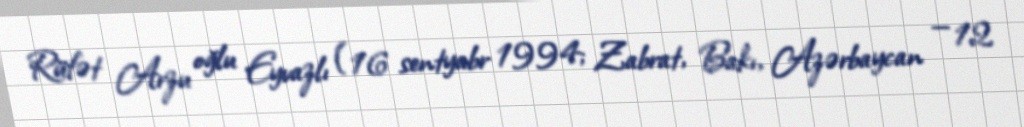
Rüfət Arzu oğlu Eyvazlı (16 sentyabr 1994; Zabrat, Bakı, Azərbaycan — 12